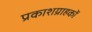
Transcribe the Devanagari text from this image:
प्रकाशग्राहकों